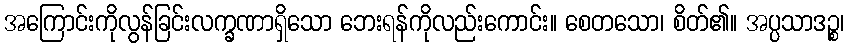
အကြောင်းကိုလွန်ခြင်းလက္ခဏာရှိသော ဘေးရန်ကိုလည်းကောင်း။ စေတသော၊ စိတ်၏။ အပ္ပသာဒဉ္စ၊